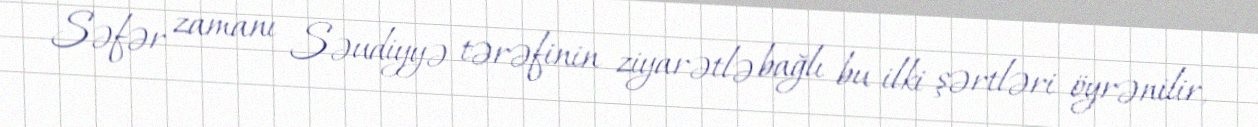
Səfər zamanı Səudiyyə tərəfinin ziyarətlə bağlı bu ilki şərtləri öyrənilir,